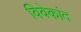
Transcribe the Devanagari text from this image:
विवेकांद